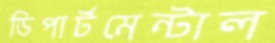
ডিপার্টমেন্টাল